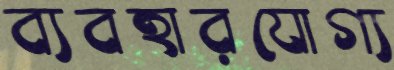
ব্যবহারযোগ্য